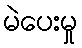
မဲပေးမှု